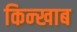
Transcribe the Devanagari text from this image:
किन्खाब